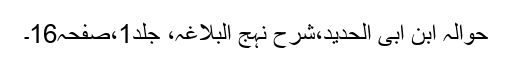
حوالہ ابن ابی الحدید،شرح نہج البلاغہ، جلد1،صفحہ16۔